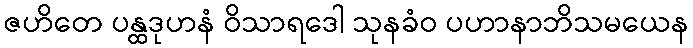
ဇဟိတေ ပန္ထဒုဟနံ ဝိသာရဒေါ သုနခံဝ ပဟာနာဘိသမယေန